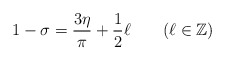
\begin{align*}1 - \sigma = \frac{3\eta}{\pi} + \frac{1}{2}\ell\quad\quad(\ell \in \mathbb{Z})\end{align*}